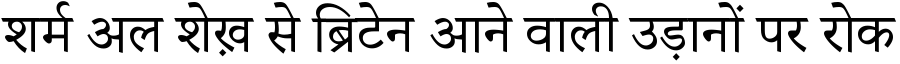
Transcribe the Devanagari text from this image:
शर्म अल शेख़ से ब्रिटेन आने वाली उड़ानों पर रोक